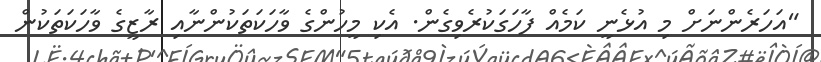
"އަހަރެންނަށް މި އުޅެނީ ކަމެއް ފާހަގަކުރެވިގެން. އެކި މީހުންގެ ވާހަކަތަކުންނާއި ރާޒީގެ ވާހަކަތަކުން